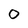
Character: 0